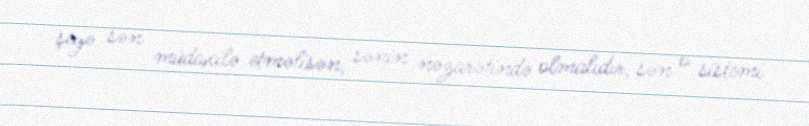
şeyə sən müdaxilə etməlisən, sənin nəzarətində olmalıdır, sən o sistemi